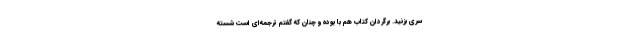
سری بزنید. برگردان کتاب هم با بوده و چنان که گفتم ترجمه‌ای است شُسته